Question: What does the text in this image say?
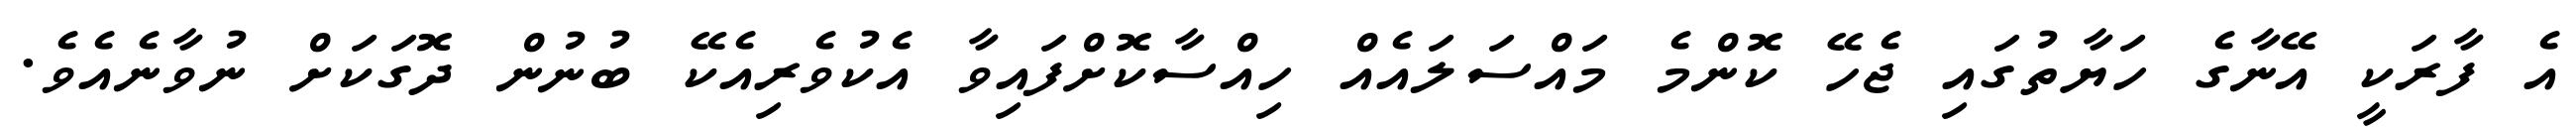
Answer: އެ ފާރަކީ އޭނާގެ ހަޔާތުގައި ޖެހޭ ކޮންމެ މައްސަލައެއް ހިއްސާކޮށްފައިވާ އެކުވެރިއެކޭ ބުނުން ދޮގަކަށް ނުވާނެއެވެ.